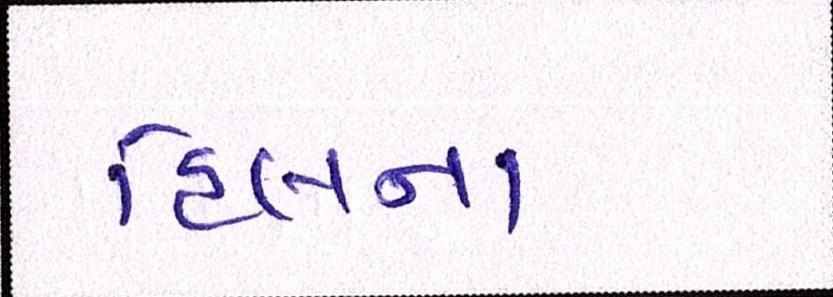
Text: હિલના